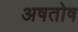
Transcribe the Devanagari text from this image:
अषतोष